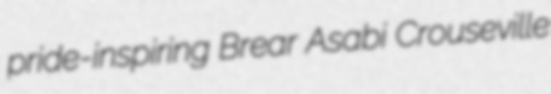
pride-inspiring Brear Asabi Crouseville